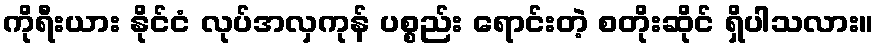
ကိုရီးယား နိုင်ငံ လုပ်အလှကုန် ပစ္စည်း ရောင်းတဲ့ စတိုးဆိုင် ရှိပါသလား။